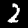
Digit: 2